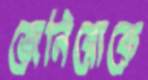
জেনিরোকে